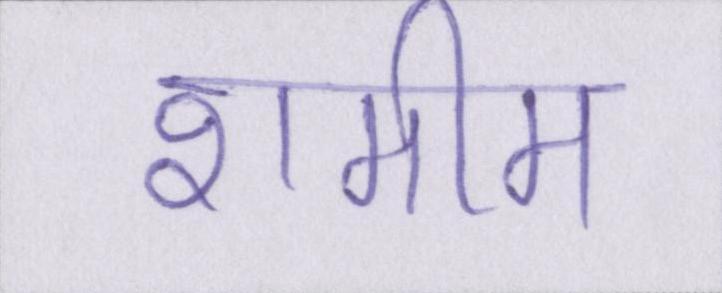
शमीम